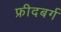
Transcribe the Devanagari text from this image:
फ्रीदबर्ग